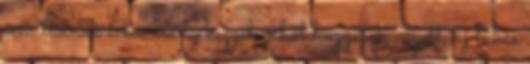
sem tudnak a kormány kegyelméből hozzájuk vágott, új lakás